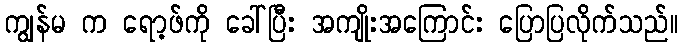
ကျွန်မ က ရော့ဖ်ကို ခေါ်ပြီး အကျိုးအကြောင်း ပြောပြလိုက်သည်။